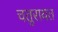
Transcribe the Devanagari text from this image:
चतुरायत